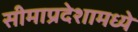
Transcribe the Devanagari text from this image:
सीमाप्रदेशामध्ये